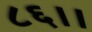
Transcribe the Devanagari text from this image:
८६।।